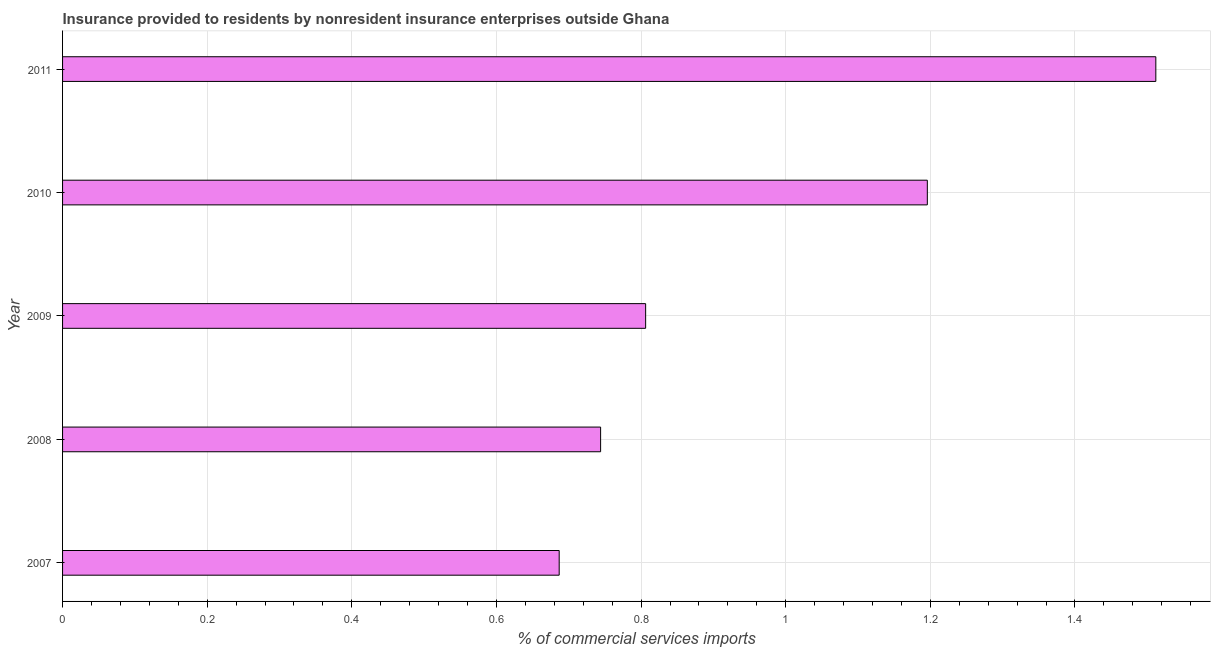
| Year | Insurance provided by non-residents |
 | --- | --- |
 | 2007 | 0.687 |
 | 2008 | 0.744 |
 | 2009 | 0.806 |
 | 2010 | 1.2 |
 | 2011 | 1.51 |